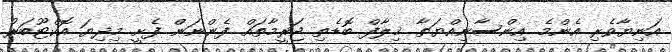
އަނިޔާވެރި އެންމެ އިންސާނިއްޔަތާ ޚިލާފް ބޮޑެތި ޖަރީމާތައް ފެންނަން ފެށީ މިދިޔަ އޮކްޓޫބަރު